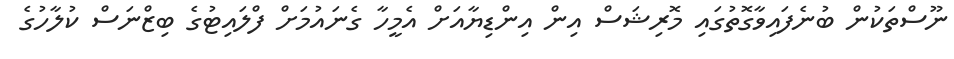
ނޫސްތަކުން ބުނެފައިވާގޮތުގައި މޮރިޝަސް އިން އިންޑިޔާއަށް އެމީހާ ގެނައުމަށް ފްލައިޓުގެ ބިޒްނަސް ކުލާހުގެ